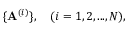
\{ \mathbf { A } ^ { ( i ) } \} , \quad ( i = 1 , 2 , . . . , N ) ,